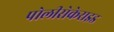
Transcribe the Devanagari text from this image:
पोलीसेकेराइड